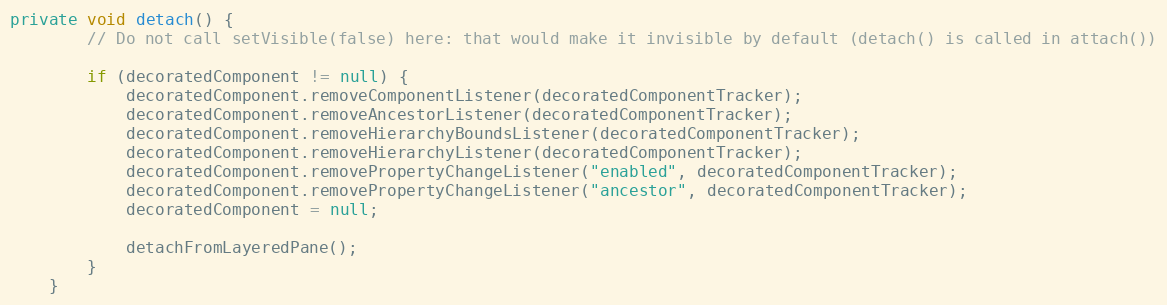
Language: Java
private void detach() {
        // Do not call setVisible(false) here: that would make it invisible by default (detach() is called in attach())

        if (decoratedComponent != null) {
            decoratedComponent.removeComponentListener(decoratedComponentTracker);
            decoratedComponent.removeAncestorListener(decoratedComponentTracker);
            decoratedComponent.removeHierarchyBoundsListener(decoratedComponentTracker);
            decoratedComponent.removeHierarchyListener(decoratedComponentTracker);
            decoratedComponent.removePropertyChangeListener("enabled", decoratedComponentTracker);
            decoratedComponent.removePropertyChangeListener("ancestor", decoratedComponentTracker);
            decoratedComponent = null;

            detachFromLayeredPane();
        }
    }